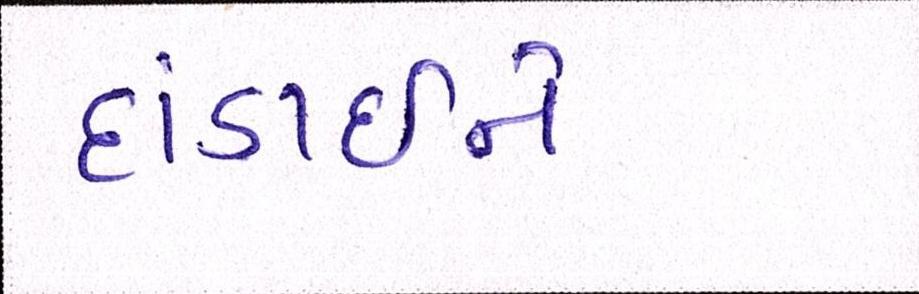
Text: દાંડાઈને